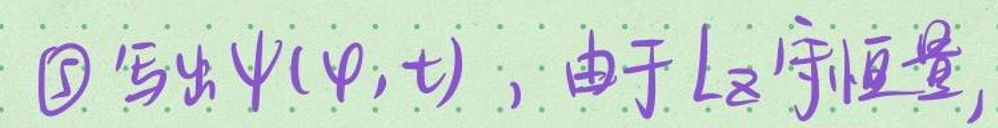
\textcircled{3}写出\(\psi(\varphi,t)\)，由于\(L_2\)守恒，